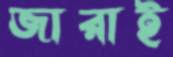
জারাই